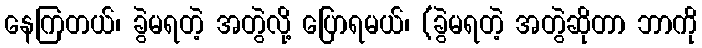
နေကြတယ်၊ ခွဲမရတဲ့ အတွဲလို့ ပြောရမယ်၊ (ခွဲမရတဲ့ အတွဲဆိုတာ ဘာကို